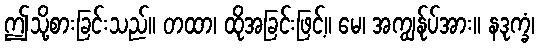
ဤသို့စားခြင်းသည်။ တထာ၊ ထိုအခြင်းဖြင့်။ မေ၊ အကျွန်ုပ်အား။ နဒုက္ခံ၊